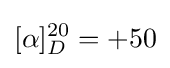
[\alpha ]_{D}^{20}=+50